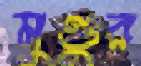
মুণ্ডুর